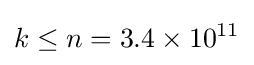
k\leq n=3.4\times 10^{11}